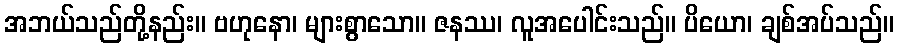
အဘယ်သည်တို့နည်း။ ဗဟုနော၊ များစွာသော။ ဇနဿ၊ လူအပေါင်းသည်။ ပိယော၊ ချစ်အပ်သည်။